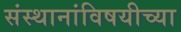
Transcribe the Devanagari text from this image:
संस्थानांविषयीच्या